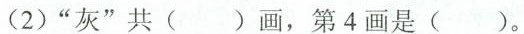
(2)”灰”共( )画，第4画是( )。